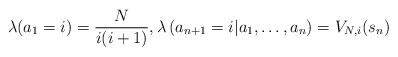
\begin{align*}\lambda(a_1=i) = \frac{N}{i(i+1)}, \lambda\left(a_{n+1}=i |a_1,\ldots, a_n \right) = V_{N,i}(s_n) \end{align*}